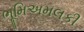
ભૂમિઅમલકી